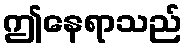
ဤနေရာသည်